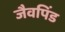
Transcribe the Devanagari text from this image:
जैवपिंड